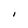
Character: I